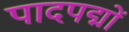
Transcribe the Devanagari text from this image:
पादपद्मों